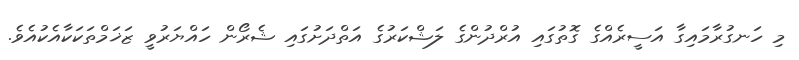
މި ހަނގުރާމައިގާ އަސީރެއްގެ ގޮތުގައި އުރްދުންގެ ލަޝްކަރުގެ އަތްދަށުގައި ޝެރޯން ހައްޔަރުވީ ޒަޚަމްތަކަކާއެކުއެވެ.